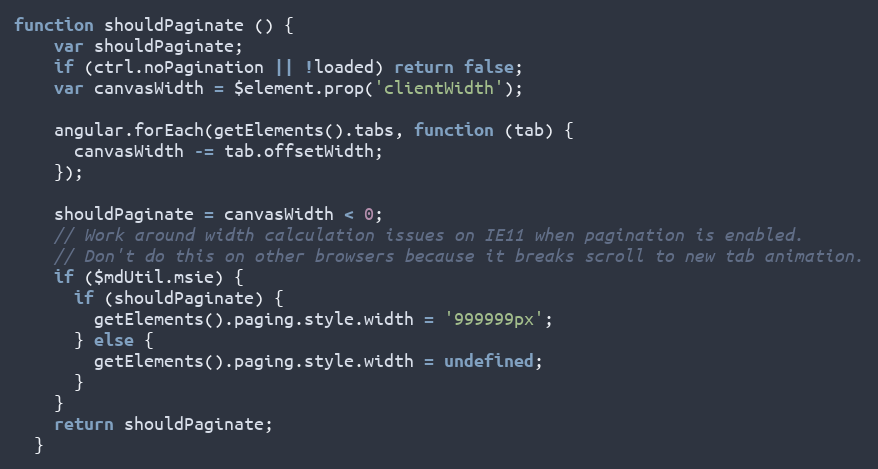
Language: JavaScript
function shouldPaginate () {
    var shouldPaginate;
    if (ctrl.noPagination || !loaded) return false;
    var canvasWidth = $element.prop('clientWidth');

    angular.forEach(getElements().tabs, function (tab) {
      canvasWidth -= tab.offsetWidth;
    });

    shouldPaginate = canvasWidth < 0;
    // Work around width calculation issues on IE11 when pagination is enabled.
    // Don't do this on other browsers because it breaks scroll to new tab animation.
    if ($mdUtil.msie) {
      if (shouldPaginate) {
        getElements().paging.style.width = '999999px';
      } else {
        getElements().paging.style.width = undefined;
      }
    }
    return shouldPaginate;
  }